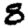
Digit: 8